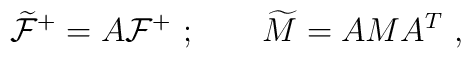
\widetilde{\cal F}^+ = A{\cal F}^+ \ ;\qquad\widetilde M = A M A^T\ ,